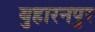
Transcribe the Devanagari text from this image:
बुहारनपुर